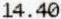
14.40